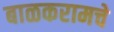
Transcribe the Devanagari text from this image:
बाळकरामचे